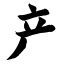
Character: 产